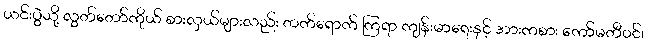
ယင်းပွဲသို့ လွှတ်တော်ကိုယ် စားလှယ်များလည်း တက်ရောက် ကြရာ ကျန်းမာရေးနှင့် အားကစား ကော်မတီဝင်၊